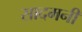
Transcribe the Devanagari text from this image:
सादमनी